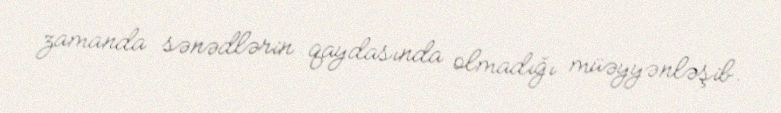
zamanda sənədlərin qaydasında olmadığı müəyyənləşib.